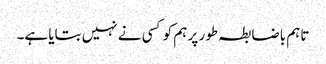
تاہم باضابطہ طور پر ہم کو کسی نے نہیں بتایا ہے۔